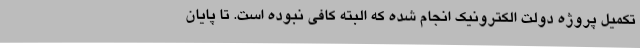
تکمیل پروژه دولت الکترونیک انجام شده که البته کافی نبوده است. تا پایان